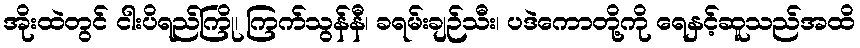
အိုးထဲတွင် ငါးပိရည်ကြို၊ ကြက်သွန်နီ၊ ခရမ်းချဉ်သီး၊ ပဒဲကောတို့ကို ရေနှင့်ဆူသည်အထိ